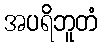
အပရိဘူတံ